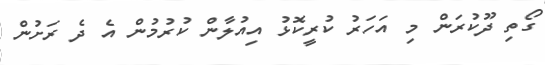
ގޯތި ދޫކުރަން މި އަހަރު ކުރީކޮޅު އިއުލާން ކުރުމުން އެ ދެ ރަށުން